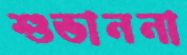
শুভাননা